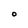
Character: O